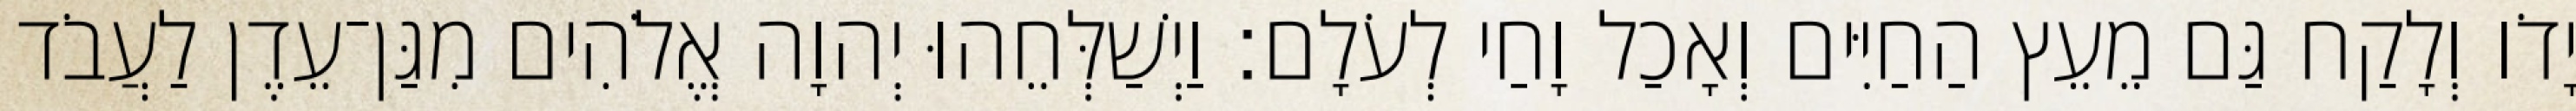
יָדֹו וְלָקַח גַּם מֵעֵץ הַחַיִּים וְאָכַל וָחַי לְעֹלָם׃ וַיְשַׁלְּחֵהוּ יְהוָה אֱלֹהִים מִגַּן־עֵדֶן לַעֲבֹד